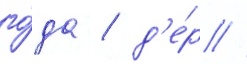
го́да / д'е́р //